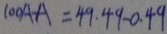
1 0 0 A - A = 4 9 \cdot 4 9 - 0 . 4 9